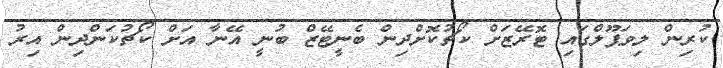
ކުރިން ލިވަޕޫލްގައި ޓޮރޭޒަށް ކޯޗުކޮށްދިން ބެނީޓޭޒް ބުނީ އޭނާ އަށް ކޯޗުކަންދިން އިރު